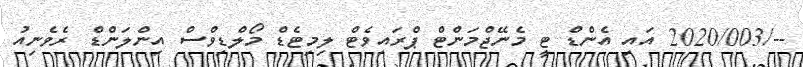
--/2020/003 އައި އެންޑް ޓީ މެނޭޖްމަންޓް ޕްރައިވެޓް ލިމިޓެޑް މޯލްޑިވްސް އިންލަންޑް ރެވެނިއު